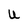
Character: U